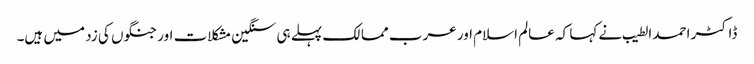
ڈاکٹر احمد الطیب نے کہا کہ عالم اسلام اور عرب ممالک پہلے ہی سنگین مشکلات اور جنگوں کی زد میں ہیں۔